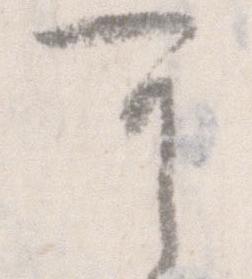
可